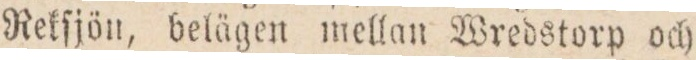
Rekſjön, belägen mellan Wredstorp och